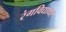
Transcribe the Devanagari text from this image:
रंगविद्याधर